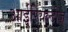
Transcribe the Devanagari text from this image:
आईरियल्टीज़